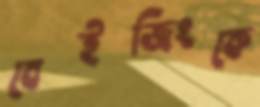
বেইজিংকে